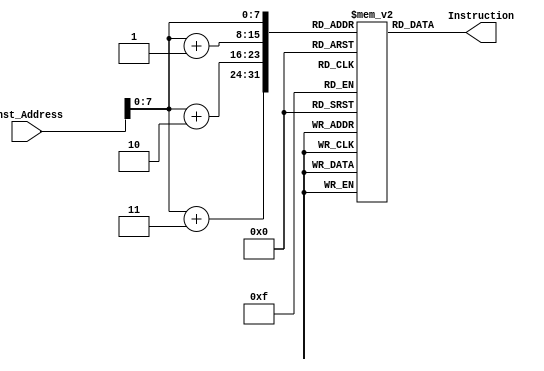
module Instruction_Memory
(
	input[63:0] Inst_Address,
	output reg[31:0] Instruction
);
	reg[7:0] instructions[159:0];

	initial
	begin
	/**
	
	//addi x10, x0, 0  x10 = base address of array
		instructions[0] = 8'h13;
		instructions[1] = 8'h05;
		instructions[2] = 8'h00;
		instructions[3] = 8'h00;
	// addi x11,x0,8  x11 = length of array
		instructions[4] = 8'h93;
		instructions[5] = 8'h05;
		instructions[6] = 8'h80;
		instructions[7] = 8'h00;
   //bubble : beq x11,x0,return
		instructions[8] = 8'h63;
		instructions[9] = 8'h8a;
		instructions[10] = 8'h05;
		instructions[11] = 8'h08;
   // addi x28,x0,0   int i = 0
		instructions[12] = 8'h13;
		instructions[13] = 8'h0e;
		instructions[14] = 8'h00;
		instructions[15] = 8'h00;
  //FirstLoop : beq x28, x11,return  
		instructions[16] = 8'h63;
		instructions[17] = 8'h06;
		instructions[18] = 8'hbe;
		instructions[19] = 8'h08; 
	// add x29,x28,x0  int j = i
		instructions[20] = 8'hb3;
		instructions[21] = 8'h0e;
		instructions[22] = 8'h0e;
		instructions[23] = 8'h00;
	//SecondLoop: beq x29,x11,l2
		instructions[24] = 8'h63;
		instructions[25] = 8'h8e;
		instructions[26] = 8'hbe;
		instructions[27] = 8'h06;
	//add x30, x28,x28  x30 = i + i
		instructions[28] = 8'h33;
		instructions[29] = 8'h0f;
		instructions[30] = 8'hce;
		instructions[31] = 8'h01;
	//add x30,x30,x28  x30 = x30 + i
		instructions[32] = 8'h33;
		instructions[33] = 8'h0f;
		instructions[34] = 8'hcf;
		instructions[35] = 8'h01;
	//add x30,x30,x28
		instructions[36] = 8'h33;
		instructions[37] = 8'h0f;
		instructions[38] = 8'hcf;
		instructions[39] = 8'h01;	
	//add x30,x30,x28
		instructions[40] = 8'h33;
		instructions[41] = 8'h0f;
		instructions[42] = 8'hcf;
		instructions[43] = 8'h01;
	//add x30,x30,x28
		instructions[44] = 8'h33;
		instructions[45] = 8'h0f;
		instructions[46] = 8'hcf;
		instructions[47] = 8'h01;
	//add x30,x30,x28
		instructions[48] = 8'h33;
		instructions[49] = 8'h0f;
		instructions[50] = 8'hcf;
		instructions[51] = 8'h01;
	//add x30,x30,x28
		instructions[52] = 8'h33;
		instructions[53] = 8'h0f;
		instructions[54] = 8'hcf;
		instructions[55] = 8'h01;
	//add x30,x30,x10 x30 = address of a[i]
	    instructions[56] = 8'h33;
		instructions[57] = 8'h0f;
		instructions[58] = 8'haf;
		instructions[59] = 8'h00;
	//ld x21,0(x30)  x21 = a[i]
	    instructions[60] = 8'h83;
		instructions[61] = 8'h3a;
		instructions[62] = 8'h0f;
		instructions[63] = 8'h00;
	//add x31,x29,x29   x31 = j + j
	    instructions[64] = 8'hb3;
		instructions[65] = 8'h8f;
		instructions[66] = 8'hde;
		instructions[67] = 8'h01;
	//add x31,x31,x29   x31 = x31 + j
	    instructions[68] = 8'hb3;
		instructions[69] = 8'h8f;
		instructions[70] = 8'hdf;
		instructions[71] = 8'h01;
	//add x31,x31,x29
	    instructions[72] = 8'hb3;
		instructions[73] = 8'h8f;
		instructions[74] = 8'hdf;
		instructions[75] = 8'h01;
	//add x31,x31,x29
	    instructions[76] = 8'hb3;
		instructions[77] = 8'h8f;
		instructions[78] = 8'hdf;
		instructions[79] = 8'h01;
	//add x31,x31,x29
	    instructions[80] = 8'hb3;
		instructions[81] = 8'h8f;
		instructions[82] = 8'hdf;
		instructions[83] = 8'h01;
	//add x31,x31,x29
	    instructions[84] = 8'hb3;
		instructions[85] = 8'h8f;
		instructions[86] = 8'hdf;
		instructions[87] = 8'h01;
	//add x31,x31,x29
	    instructions[88] = 8'hb3;
		instructions[89] = 8'h8f;
		instructions[90] = 8'hdf;
		instructions[91] = 8'h01;
	//add x31,x31,x10       x31 = address of a[j]
	    instructions[92] = 8'hb3;
		instructions[93] = 8'h8f;
		instructions[94] = 8'haf;
		instructions[95] = 8'h00;
	//ld x22,0(x31)       x22 = a[j]
	    instructions[96] = 8'h03;
		instructions[97] = 8'hbb;
		instructions[98] = 8'h0f;
		instructions[99] = 8'h00;
		
	//blt x21,x22,l1
	    instructions[100] = 8'h63;
		instructions[101] = 8'hc8;
		instructions[102] = 8'h6a;
		instructions[103] = 8'h01;
		
	//addi x29,x29,1   j = j + 1
	    instructions[104] = 8'h93;
		instructions[105] = 8'h8e;
		instructions[106] = 8'h1e;
		instructions[107] = 8'h00;
	//blt x29,x11,SecondLoop
	    instructions[108] = 8'he3;
		instructions[109] = 8'hc6;
		instructions[110] = 8'hbe;
		instructions[111] = 8'hfa;
	//beq x29,x11,l2
	    instructions[112] = 8'h63;
		instructions[113] = 8'h82;
		instructions[114] = 8'hbe;
		instructions[115] = 8'h02;
	//l1: add x5,x21,x0
	    instructions[116] = 8'hb3;
		instructions[117] = 8'h82;
		instructions[118] = 8'h0a;
		instructions[119] = 8'h00;
	//add x21,x22,x0
	    instructions[120] = 8'hb3;
		instructions[121] = 8'h0a;
		instructions[122] = 8'h0b;
		instructions[123] = 8'h00;
	//add x22,x5,x0
	    instructions[124] = 8'h33;
		instructions[125] = 8'h8b;
		instructions[126] = 8'h02;
		instructions[127] = 8'h00;
	//sd x21,0(x30)
	    instructions[128] = 8'h23;
		instructions[129] = 8'h30;
		instructions[130] = 8'h5f;
		instructions[131] = 8'h01;
	//sd x22,0(x31)
	    instructions[132] = 8'h23;
		instructions[133] = 8'hb0;
		instructions[134] = 8'h6f;
		instructions[135] = 8'h01;
	//addi x29,x29,1
	    instructions[136] = 8'h93;
		instructions[137] = 8'h8e;
		instructions[138] = 8'h1e;
		instructions[139] = 8'h00;
	//blt x29,x11,SecondLoop
	    instructions[140] = 8'he3;
		instructions[141] = 8'hc6;
		instructions[142] = 8'hbe;
		instructions[143] = 8'hf8;
	//beq x29,x11,l2
	    instructions[144] = 8'h63;
		instructions[145] = 8'h82;
		instructions[146] = 8'hbe;
		instructions[147] = 8'h00;
	//l2: addi x28,x28,1
	    instructions[148] = 8'h13;
		instructions[149] = 8'h0e;
		instructions[150] = 8'h1e;
		instructions[151] = 8'h00;
	//blt x28,x11,FirstLoop
	    instructions[152] = 8'he3;
		instructions[153] = 8'h4c;
		instructions[154] = 8'hbe;
		instructions[155] = 8'hf6;
	//return: addi x0,x0,0
	    instructions[156] = 8'h13;
		instructions[157] = 8'h00;
		instructions[158] = 8'h00;
		instructions[159] = 8'h00;  **/
		
		//00400593
	instructions[0] = 8'h93;
	instructions[1] = 8'h05;
	instructions[2] = 8'h80;
	instructions[3] = 8'h00;
//00000313
	instructions[4] = 8'h13;
	instructions[5] = 8'h03;
	instructions[6] = 8'h00;
	instructions[7] = 8'h00;
//00000393
	instructions[8] = 8'h93;
	instructions[9] = 8'h03;
	instructions[10] = 8'h00;
	instructions[11] = 8'h00;
//00000293
	instructions[12] = 8'h93;
	instructions[13] = 8'h02;
	instructions[14] = 8'h00;
	instructions[15] = 8'h00;
//08b30863
	instructions[16] = 8'h63;
	instructions[17] = 8'h08;
	instructions[18] = 8'hb3;
	instructions[19] = 8'h08;
//00000a93
	instructions[20] = 8'h93;
	instructions[21] = 8'h0a;
	instructions[22] = 8'h00;
	instructions[23] = 8'h00;
//006a8ab3
	instructions[24] = 8'hb3;
	instructions[25] = 8'h8a;
	instructions[26] = 8'h6a;
	instructions[27] = 8'h00;
//006a8ab3
	instructions[28] = 8'hb3;
	instructions[29] = 8'h8a;
	instructions[30] = 8'h6a;
	instructions[31] = 8'h00;
//006a8ab3
	instructions[32] = 8'hb3;
	instructions[33] = 8'h8a;
	instructions[34] = 8'h6a;
	instructions[35] = 8'h00;
//006a8ab3
	instructions[36] = 8'hb3;
	instructions[37] = 8'h8a;
	instructions[38] = 8'h6a;
	instructions[39] = 8'h00;
//006a8ab3
	instructions[40] = 8'hb3;
	instructions[41] = 8'h8a;
	instructions[42] = 8'h6a;
	instructions[43] = 8'h00;
//006a8ab3
	instructions[44] = 8'hb3;
	instructions[45] = 8'h8a;
	instructions[46] = 8'h6a;
	instructions[47] = 8'h00;
//006a8ab3
	instructions[48] = 8'hb3;
	instructions[49] = 8'h8a;
	instructions[50] = 8'h6a;
	instructions[51] = 8'h00;
//006a8ab3
	instructions[52] = 8'hb3;
	instructions[53] = 8'h8a;
	instructions[54] = 8'h6a;
	instructions[55] = 8'h00;
//00130313	
	instructions[56] = 8'h13;
	instructions[57] = 8'h03;
	instructions[58] = 8'h13;
	instructions[59] = 8'h00;
//00000393
	instructions[60] = 8'h93;
	instructions[61] = 8'h03;
	instructions[62] = 8'h00;
	instructions[63] = 8'h00;
//00030393
	instructions[64] = 8'h93;
	instructions[65] = 8'h03;
	instructions[66] = 8'h03;
	instructions[67] = 8'h00;
//fcb386e3
	instructions[68] = 8'he3;
	instructions[69] = 8'h86;
	instructions[70] = 8'hb3;
	instructions[71] = 8'hfc;
//007b0b33
	instructions[72] = 8'h33;
	instructions[73] = 8'h0b;
	instructions[74] = 8'h7b;
	instructions[75] = 8'h00;
//007b0b33
	instructions[76] = 8'h33;
	instructions[77] = 8'h0b;
	instructions[78] = 8'h7b;
	instructions[79] = 8'h00;
//007b0b33
	instructions[80] = 8'h33;
	instructions[81] = 8'h0b;
	instructions[82] = 8'h7b;
	instructions[83] = 8'h00;
//007b0b33
	instructions[84] = 8'h33;
	instructions[85] = 8'h0b;
	instructions[86] = 8'h7b;
	instructions[87] = 8'h00;
//007b0b33
	instructions[88] = 8'h33;
	instructions[89] = 8'h0b;
	instructions[90] = 8'h7b;
	instructions[91] = 8'h00;
//007b0b33
	instructions[92] = 8'h33;
	instructions[93] = 8'h0b;
	instructions[94] = 8'h7b;
	instructions[95] = 8'h00;
//007b0b33
	instructions[96] = 8'h33;
	instructions[97] = 8'h0b;
	instructions[98] = 8'h7b;
	instructions[99] = 8'h00;
//007b0b33
	instructions[100] = 8'h33;
	instructions[101] = 8'h0b;
	instructions[102] = 8'h7b;
	instructions[103] = 8'h00;
//00138393
	instructions[104] = 8'h93;
	instructions[105] = 8'h83;
	instructions[106] = 8'h13;
	instructions[107] = 8'h00;
//005a8733
	instructions[108] = 8'h33;
	instructions[109] = 8'h87;
	instructions[110] = 8'h5a;
	instructions[111] = 8'h00;
//005b07b3
	instructions[112] = 8'hb3;
	instructions[113] = 8'h07;
	instructions[114] = 8'h5b;
	instructions[115] = 8'h00;
//00000b13
	instructions[116] = 8'h13;
	instructions[117] = 8'h0b;
	instructions[118] = 8'h00;
	instructions[119] = 8'h00;
//00073803
	instructions[120] = 8'h03;
	instructions[121] = 8'h38;
	instructions[122] = 8'h07;
	instructions[123] = 8'h00;
//0007b883
	instructions[124] = 8'h83;
	instructions[125] = 8'hb8;
	instructions[126] = 8'h07;
	instructions[127] = 8'h00;
//fd1802e3
	instructions[128] = 8'he3;
	instructions[129] = 8'h02;
	instructions[130] = 8'h18;
	instructions[131] = 8'hfd;
//fd1840e3
	instructions[132] = 8'he3;
	instructions[133] = 8'h40;
	instructions[134] = 8'h18;
	instructions[135] = 8'hfd;
//01000933
	instructions[136] = 8'h33;
	instructions[137] = 8'h09;
	instructions[138] = 8'h00;
	instructions[139] = 8'h01;
//01100833
	instructions[140] = 8'h33;
	instructions[141] = 8'h08;
	instructions[142] = 8'h10;
	instructions[143] = 8'h01;
//01073023
	instructions[144] = 8'h23;
	instructions[145] = 8'h30;
	instructions[146] = 8'h07;
	instructions[147] = 8'h01;
//012008b3
	instructions[148] = 8'hb3;
	instructions[149] = 8'h08;
	instructions[150] = 8'h20;
	instructions[151] = 8'h01;
//0117b023
	instructions[152] = 8'h23;
	instructions[153] = 8'hb0;
	instructions[154] = 8'h17;
	instructions[155] = 8'h01;
//fa0004e3
	instructions[156] = 8'he3;
	instructions[157] = 8'h04;
	instructions[158] = 8'h00;
	instructions[159] = 8'hfa;

	

		

	
		
		
		
		
		
		
		
		
		
		
		
		
		
	
		
		

	end
	
	always @ (Inst_Address)
	begin
		Instruction = {instructions[Inst_Address+3], 
		               instructions[Inst_Address+2], 
		               instructions[Inst_Address+1], 
					   instructions[Inst_Address]};
	end
	
endmodule